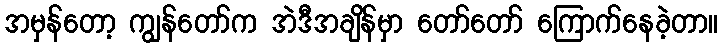
အမှန်တော့ ကျွန်တော်က အဲဒီအချိန်မှာ တော်တော် ကြောက်နေခဲ့တာ။